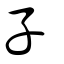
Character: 子